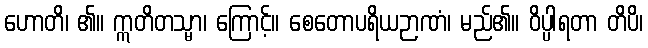
ဟောတိ၊ ၏။ ဣတိတသ္မာ၊ ကြောင့်။ စေတောပရိယဉာဏံ၊ မည်၏။ ဝိပ္ပါရတာ တိပိ၊